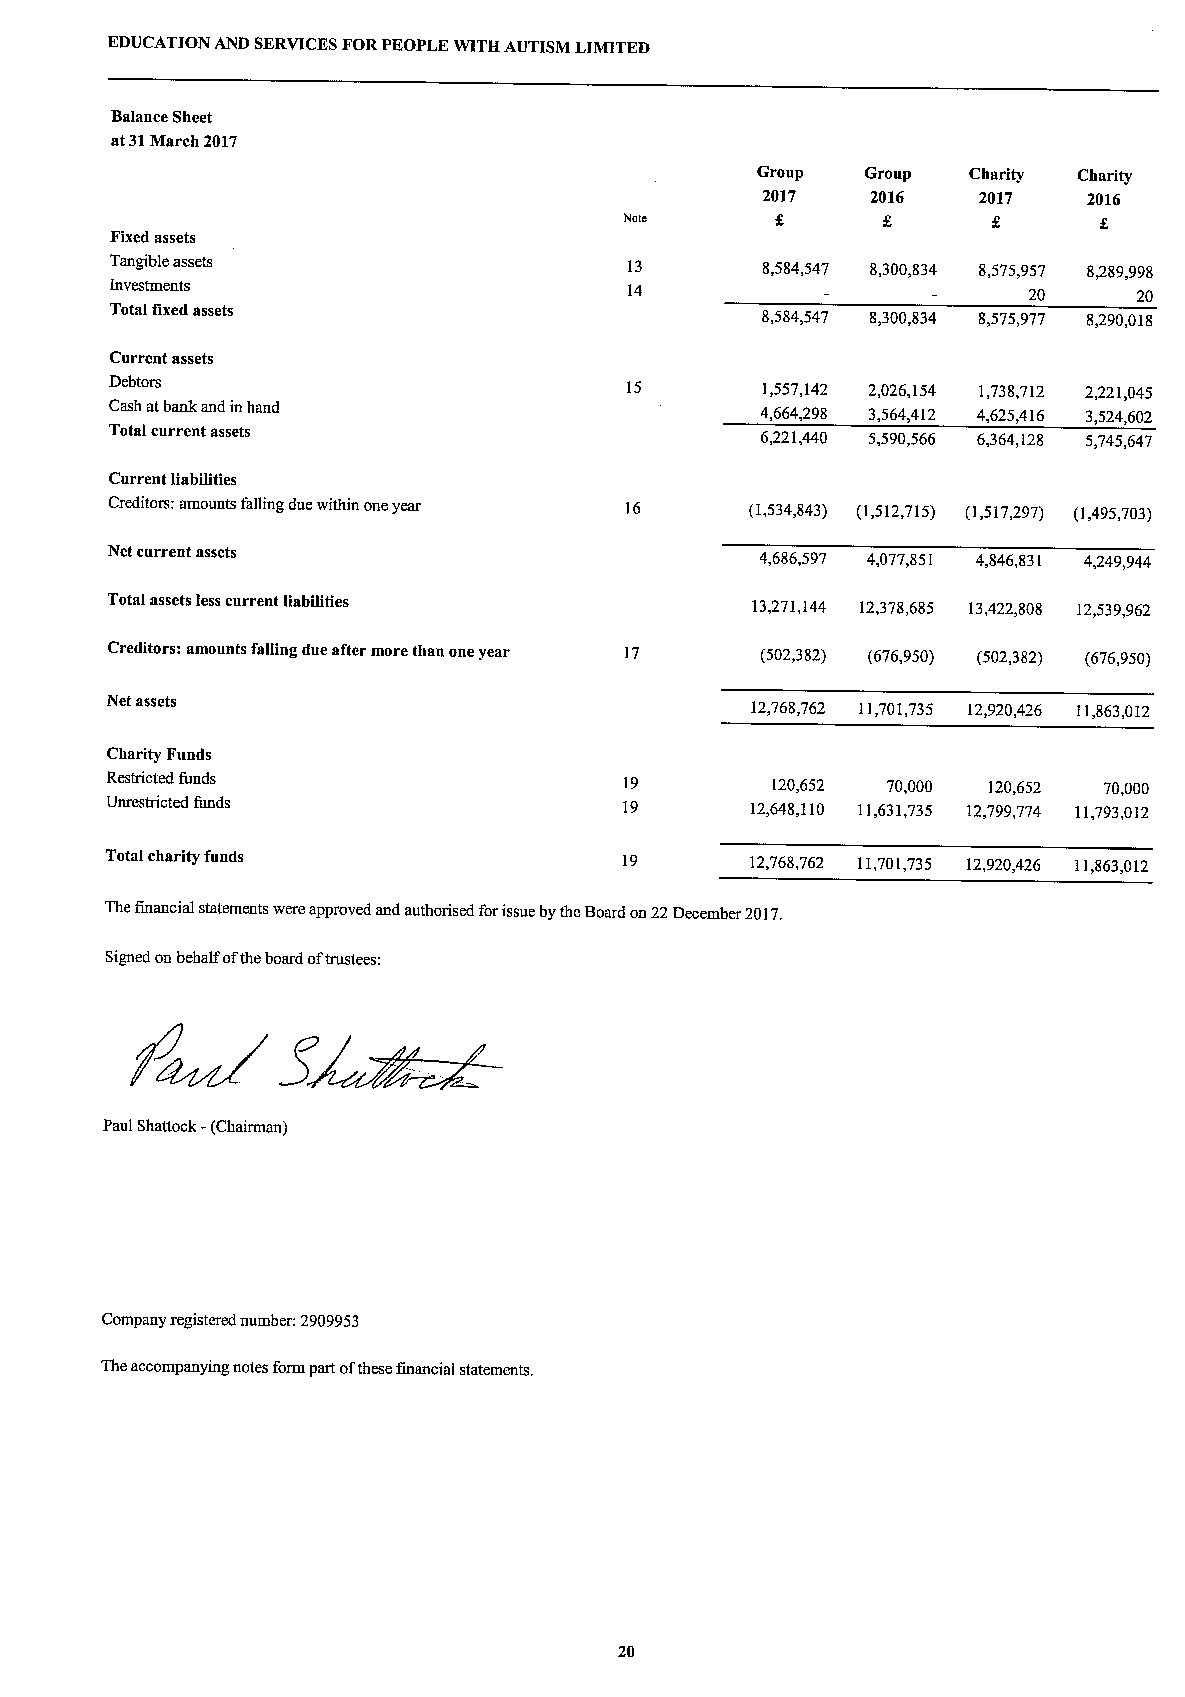
EDUCATION AND SERVICESFORPEOPLE WITH AUTISM LIMITED
 Balance Sheet
 at31March 2017
 Group  Group  Charity Charity
 2017    2016   2017   2016
 Note      f                     f
 Fixed assets
 Tangible assets                    13      8,584,547 8,300,834 8,575,957 8+89,998
 Investments                        14                        20     20
 Total fixed assets
 8,584,547 8,300,834 8,575,977 8,290,018
 Current assets
 Debtors                           15       1,557,142 2,026,154 1,738,712 2,221,045
 Cash atbank and inhand                     4,664,298 3,564,412 4,625,416 3,524,602
 Total current assets                       6,221,440 5,590,566 6,364,128 5,745,647
 Current liabilities
 Creditors: amounts falling due within oneyear 16 (1,534,843) (1,512,715) (1,517,297) (1,495,703)
 Net current assets                         4,686,597 4,077,851 4,846,831 4,249,944
 Total assets less current liabilities      13,271,144 12,378,685 13,422,808 12,539,962
 Creditors: amounts falling due after more than one year 17 (502,382) (676,950) (502,382) (676,950)
 Net assets                                 12,768,762 11,701,735 12,920,426 11,863,012
 Charity Funds
 Restricted funds                  19        120,652 70,000 120,652 70,000
 Unrestricted funds                19       12,648,110 11,631,735 12,799,774 11,793,012
 Total charity funds               19       12,768,762 11,701,735 12,920,426 11,863,012
 Thefinancial statements were approved and authorised forissue bythe Board on 22December 2017.
 Signed on behalf ofthe board oftrustees:
 Paul Shattock -(Chairman)
 Company registered number: 2909953
 The accompanying notes form part ofthese financial statements.
 20